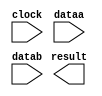
// megafunction wizard: %ALTFP_DIV%VBB%
// GENERATION: STANDARD
// VERSION: WM1.0
// MODULE: altfp_div 

// ============================================================
// Megafunction Name(s):
// 			altfp_div
//
// Simulation Library Files(s):
// 			
// ============================================================
// ************************************************************
// THIS IS A WIZARD-GENERATED FILE. DO NOT EDIT THIS FILE!
//
// 18.1.0 Build 625 09/12/2018 SJ Standard Edition
// ************************************************************

//Copyright (C) 2018  Intel Corporation. All rights reserved.
//Your use of Intel Corporation's design tools, logic functions 
//and other software and tools, and its AMPP partner logic 
//functions, and any output files from any of the foregoing 
//(including device programming or simulation files), and any 
//associated documentation or information are expressly subject 
//to the terms and conditions of the Intel Program License 
//Subscription Agreement, the Intel Quartus Prime License Agreement,
//the Intel FPGA IP License Agreement, or other applicable license
//agreement, including, without limitation, that your use is for
//the sole purpose of programming logic devices manufactured by
//Intel and sold by Intel or its authorized distributors.  Please
//refer to the applicable agreement for further details.

module FPU_div (
	clock,
	dataa,
	datab,
	result)/* synthesis synthesis_clearbox = 1 */;

	input	  clock;
	input	[31:0]  dataa;
	input	[31:0]  datab;
	output	[31:0]  result;

endmodule

// ============================================================
// CNX file retrieval info
// ============================================================
// Retrieval info: PRIVATE: INTENDED_DEVICE_FAMILY STRING "Cyclone 10 LP"
// Retrieval info: PRIVATE: SYNTH_WRAPPER_GEN_POSTFIX STRING "0"
// Retrieval info: LIBRARY: altera_mf altera_mf.altera_mf_components.all
// Retrieval info: CONSTANT: DENORMAL_SUPPORT STRING "NO"
// Retrieval info: CONSTANT: INTENDED_DEVICE_FAMILY STRING "Cyclone 10 LP"
// Retrieval info: CONSTANT: OPTIMIZE STRING "SPEED"
// Retrieval info: CONSTANT: PIPELINE NUMERIC "14"
// Retrieval info: CONSTANT: REDUCED_FUNCTIONALITY STRING "NO"
// Retrieval info: CONSTANT: WIDTH_EXP NUMERIC "8"
// Retrieval info: CONSTANT: WIDTH_MAN NUMERIC "23"
// Retrieval info: USED_PORT: clock 0 0 0 0 INPUT NODEFVAL "clock"
// Retrieval info: USED_PORT: dataa 0 0 32 0 INPUT NODEFVAL "dataa[31..0]"
// Retrieval info: USED_PORT: datab 0 0 32 0 INPUT NODEFVAL "datab[31..0]"
// Retrieval info: USED_PORT: result 0 0 32 0 OUTPUT NODEFVAL "result[31..0]"
// Retrieval info: CONNECT: @clock 0 0 0 0 clock 0 0 0 0
// Retrieval info: CONNECT: @dataa 0 0 32 0 dataa 0 0 32 0
// Retrieval info: CONNECT: @datab 0 0 32 0 datab 0 0 32 0
// Retrieval info: CONNECT: result 0 0 32 0 @result 0 0 32 0
// Retrieval info: GEN_FILE: TYPE_NORMAL FPU_div.v TRUE
// Retrieval info: GEN_FILE: TYPE_NORMAL FPU_div.inc FALSE
// Retrieval info: GEN_FILE: TYPE_NORMAL FPU_div.cmp FALSE
// Retrieval info: GEN_FILE: TYPE_NORMAL FPU_div.bsf FALSE
// Retrieval info: GEN_FILE: TYPE_NORMAL FPU_div_inst.v FALSE
// Retrieval info: GEN_FILE: TYPE_NORMAL FPU_div_bb.v TRUE